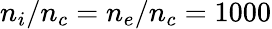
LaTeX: n_{i}/n_{c}=n_{e}/n_{c}=1000